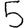
Digit: 5